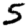
Digit: 5